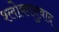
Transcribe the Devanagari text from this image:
श्‍लोकानुवाद